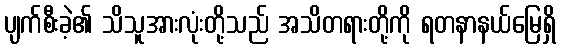
ပျက်စီးခဲ့၏ သိသူအားလုံးတို့သည် အသိတရားတို့ကို ရတနာနယ်မြေရှိ